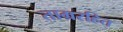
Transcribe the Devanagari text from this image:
ताम्ररहित